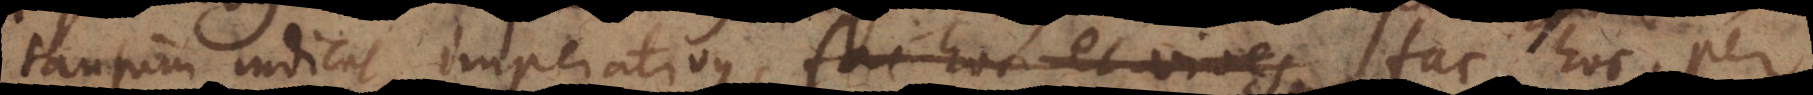
tantum indicat imperativus, fac hoc et vides fac hoc, per